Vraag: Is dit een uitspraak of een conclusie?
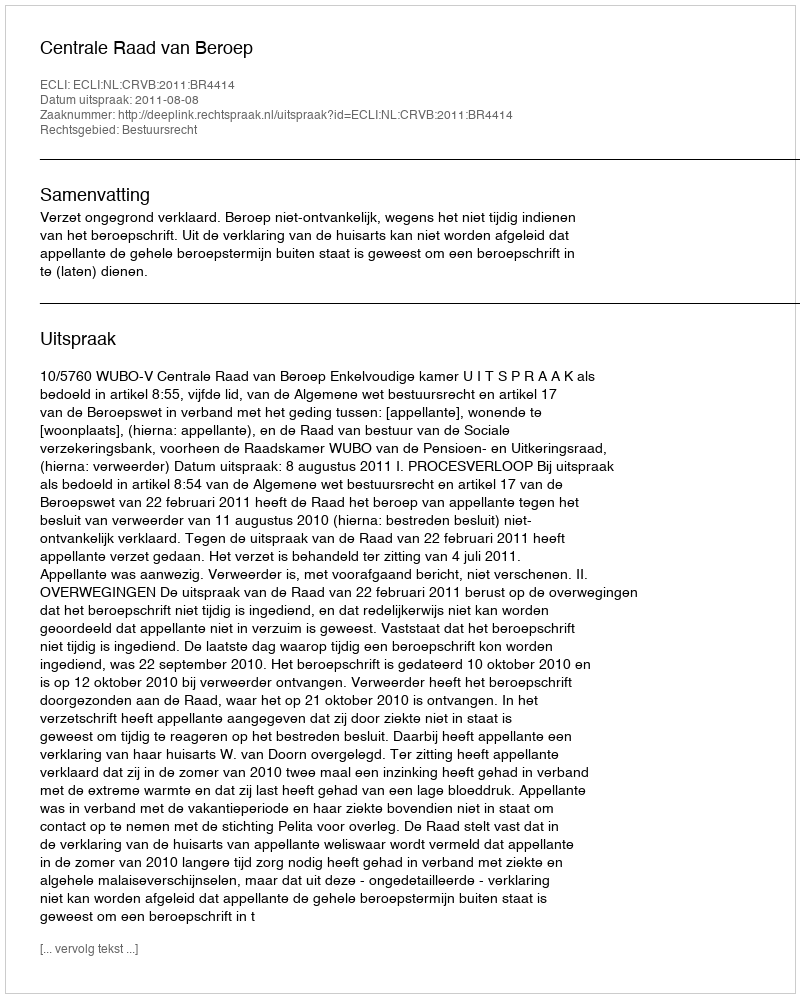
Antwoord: Uitspraak